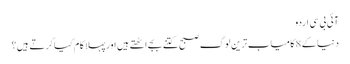
آئی بی سی اردو
دنیا کے 8 کامیاب ترین لوگ صبح کتنے بجے اٹھتے ہیں اورپہلا کام کیا کرتے ہیں؟